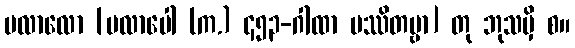
ပလာလော [ပလာပေါ (က.) ၄၅၃-ဂါထာ ပဿိတဗ္ဗာ] တု ဘုသမှိ စ။